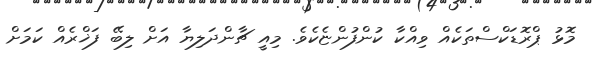
މޮޅު ޕްރޮޑަކްސްތަކެއް ވިއްކާ ކުންފުންޏެކެވެ. މިއީ ޗާންދަލިޔާ އަށް ލިބޭ ފަޚްރެއް ކަމަށް